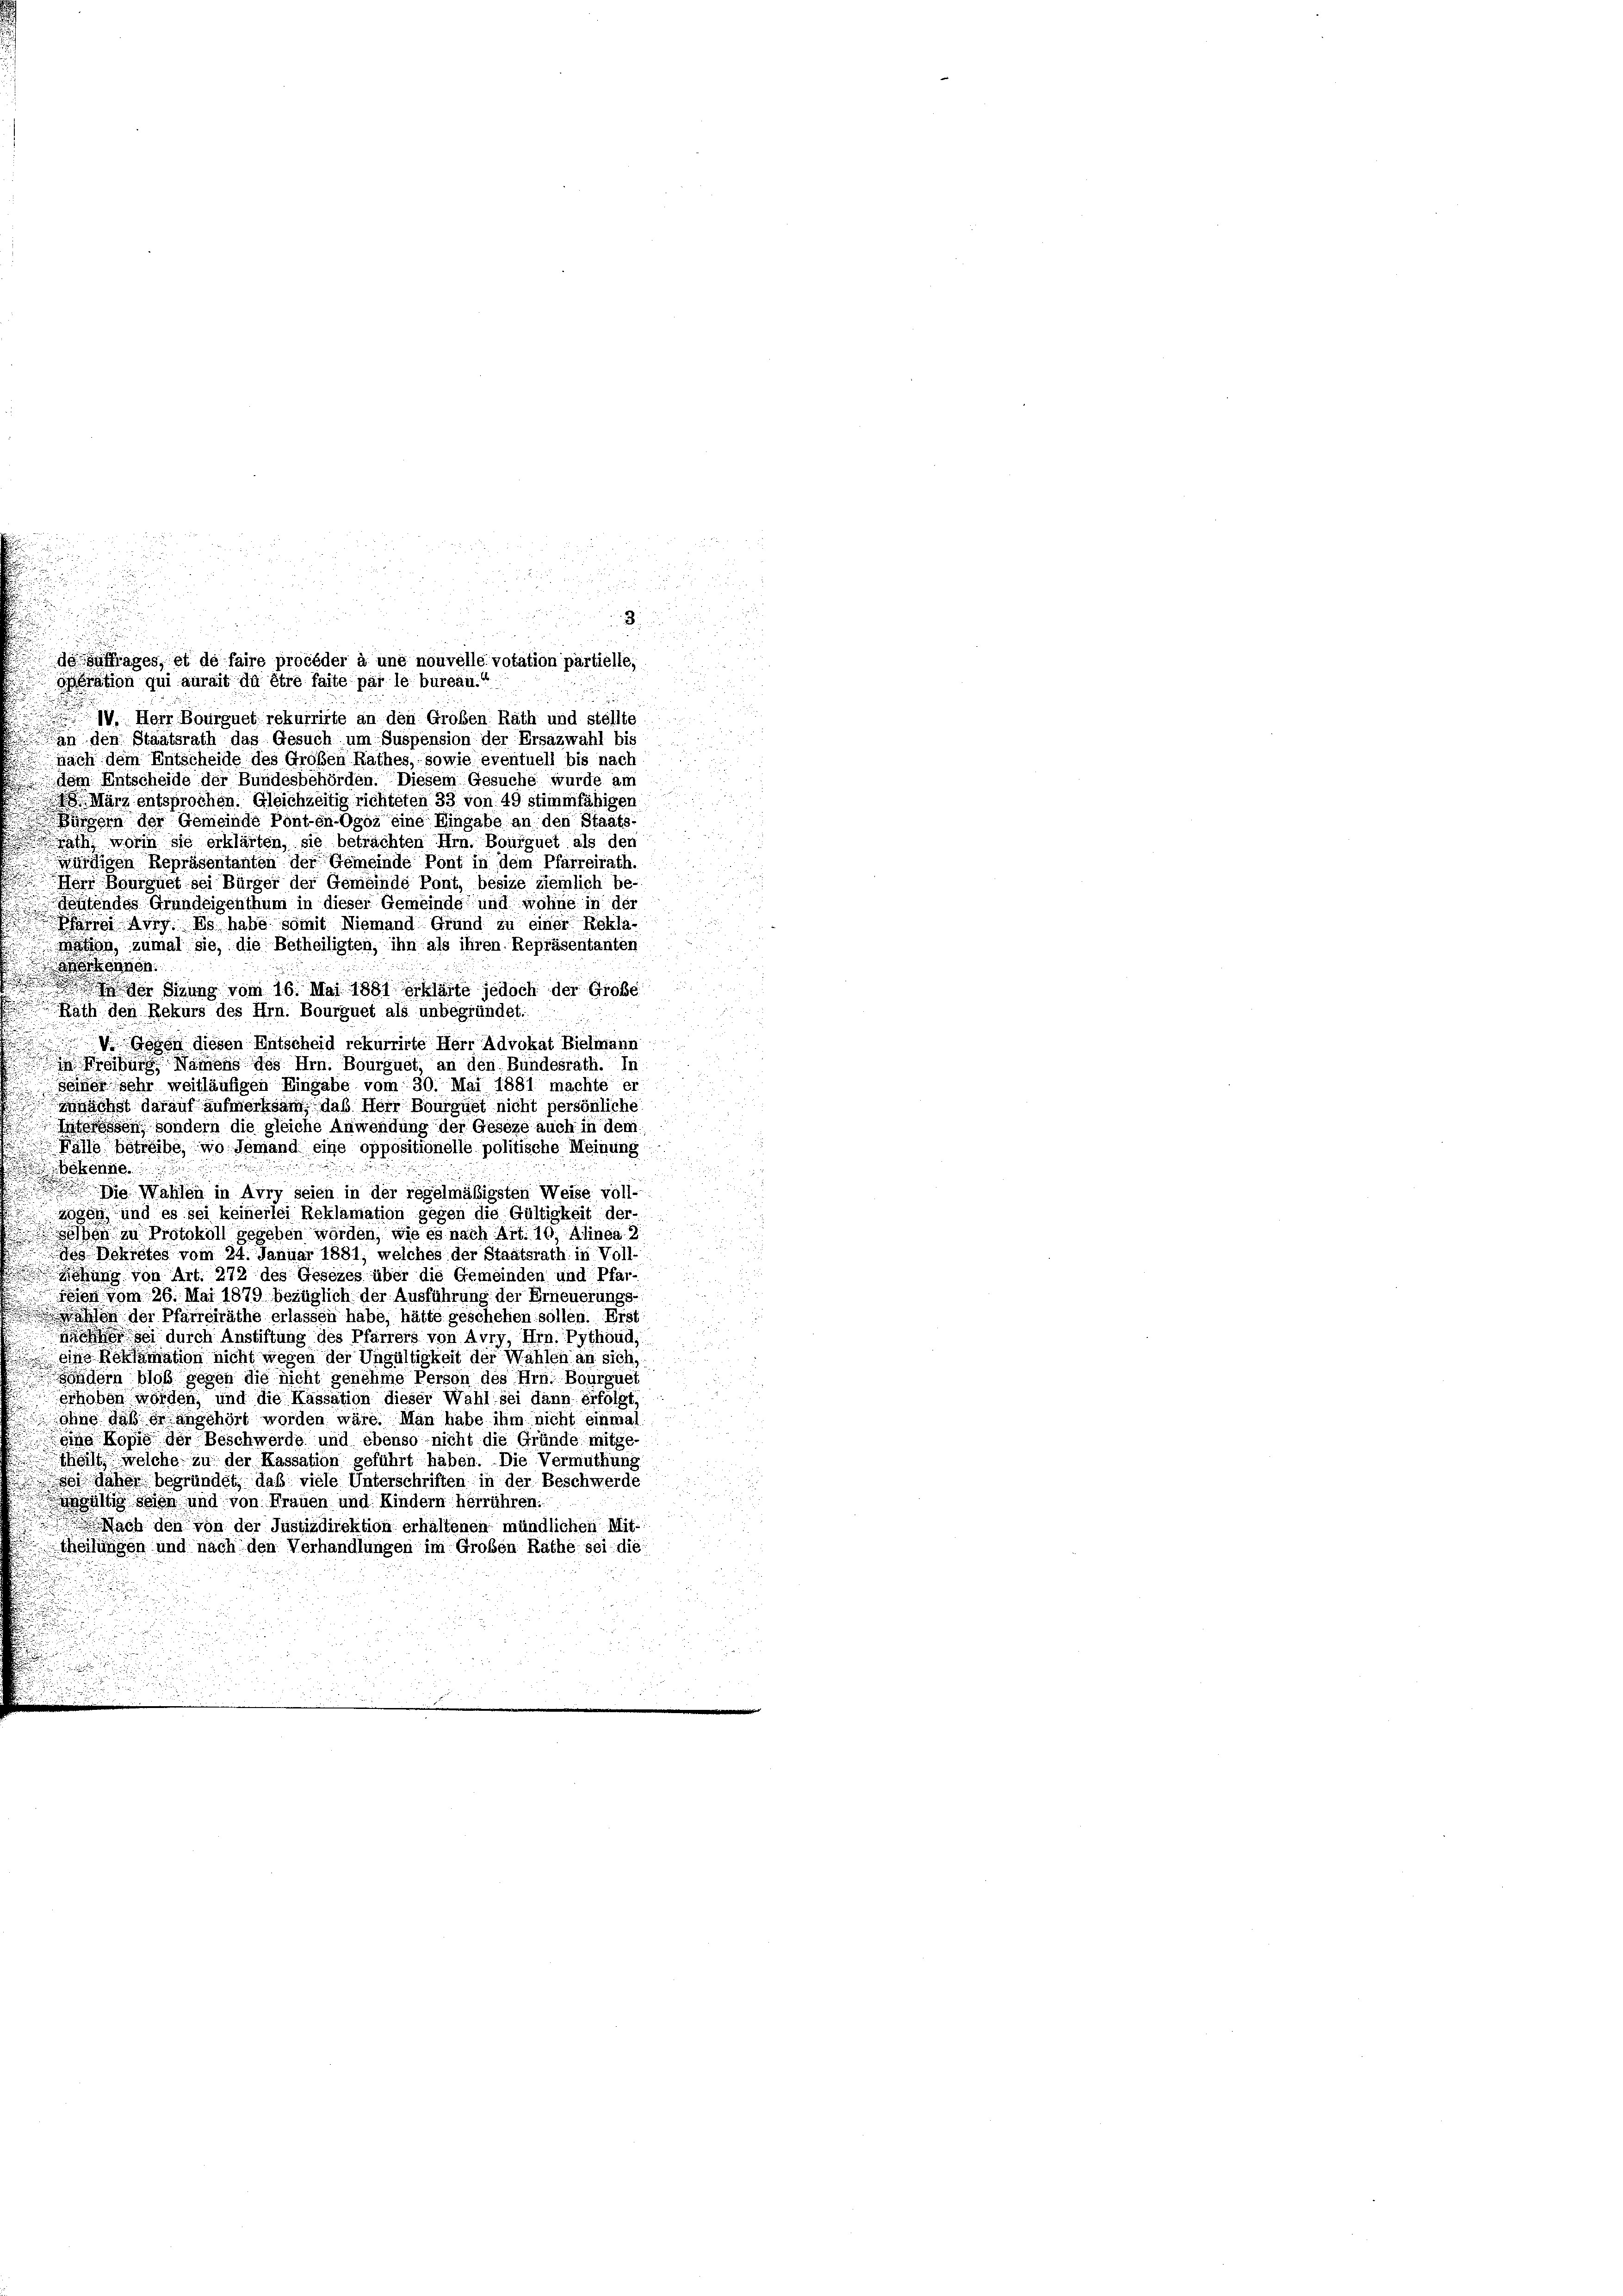
W. Herr Bourguet rekurrirte an den Großen Rath und stellte
an den Staatsrath das Gesuch um Suspension der Ersazwahl bis
nach dem Entscheide des Großen Rathes, sowie eventuell bis nach
dem Entscheide der Bundesbehörden. Diesem Gesuche wurde am
 März entsprochen. Gleichzeitig richteten 33 von 49 stimmfähigen
Bürgern der Gemeinde Pont-en-Ogoz eine Eingabe an den Staats-
Rath, worin sie erklärten, sie betrachten Hrn. Bourguet als den
würdigen Repräsentanten der Gemeinde Pont in dem Pfarreirath.
Herr Bourguet sei Bürger der Gemeinde Pont, besize ziemlich be-
doutendes Grundeigenthum in dieser Gemeinde und wohne in der
Pfarrei Avry. Es habe somit Niemand Grund zu einer Rekla-
mation, zumal sie, die Betheiligten, ihn als ihren Repräsentanten
erkennen.
der Sitzung vom 16. Mai 1881 erklärte jedoch der Große
Rath den Rekurs des Hrn. Bourguet als unbegründet:
Gegen diesen Entscheid rekurrirte Herr Advokat Bielmann
in Kreisung Namens des Hrn. Bourguet, an den Bundesrath. In
seiner sehr weitläufigen Eingabe vom 30. Mai 1881 machte er
nächst darauf aufmerksam, daß Herr Bourguet nicht persönliche
teressen, sondern die gleiche Anwendung der Geseze auch in dem
Falle betreibe, wo jemand eine oppositionelle politische Meinung
u
bekenne.
nach die Wahlen in Avry seien in der regelmäßigsten Weise voll-
zogen und es sei keinerlei Reklamation gegen die Gültigkeit der-
sehen zu Protokoll gegeben worden, wie es nach Art. 10, Alinea 2
 Dekretes vom 24. Januar 1881; welches der Staatsrath in Voll-
Ziehung von Art. 272 des Gesezes über die Gemeinden und Pfarreien vom 26. Mai 1879 bezüglich der Ausführung der Erneuerungs-
ahlen der Pfarreiräthe erlassen habe, hätte geschehen sollen. Erst
isher sei durch Anstiftung des Pfarrers von Avry, Hrn. Pythöud,
eine Reklamation nicht wegen der Ungültigkeit der Wahlen an sich,
sändern bloß gegen die nicht genehme Person des Hrn. Bourguet
erhoben worden, und die Kassation dieser Wahl sei dann erfolgt,
ohne daß er angehört worden wäre. Man habe ihm nicht einmal
sina Kopie der Beschwerde und ebenso nicht die Gründe mitge-
theilt welche zu der Kassation geführt haben. Die Vermuthung
sei daher begründet, daß viele Unterschriften in der Beschwerde
ohgültig seien und von Frauen und Kindern herrühren.
 Nach den von der Justizdirektion erhaltenen mündlichen Mit-
theilungen und nach den Verhandlungen im Großen Rathe sei die

deauftrages, et de faire procéder à une nouvelle votation partielle,
opération qui aurait dû être faite par le bureau.“